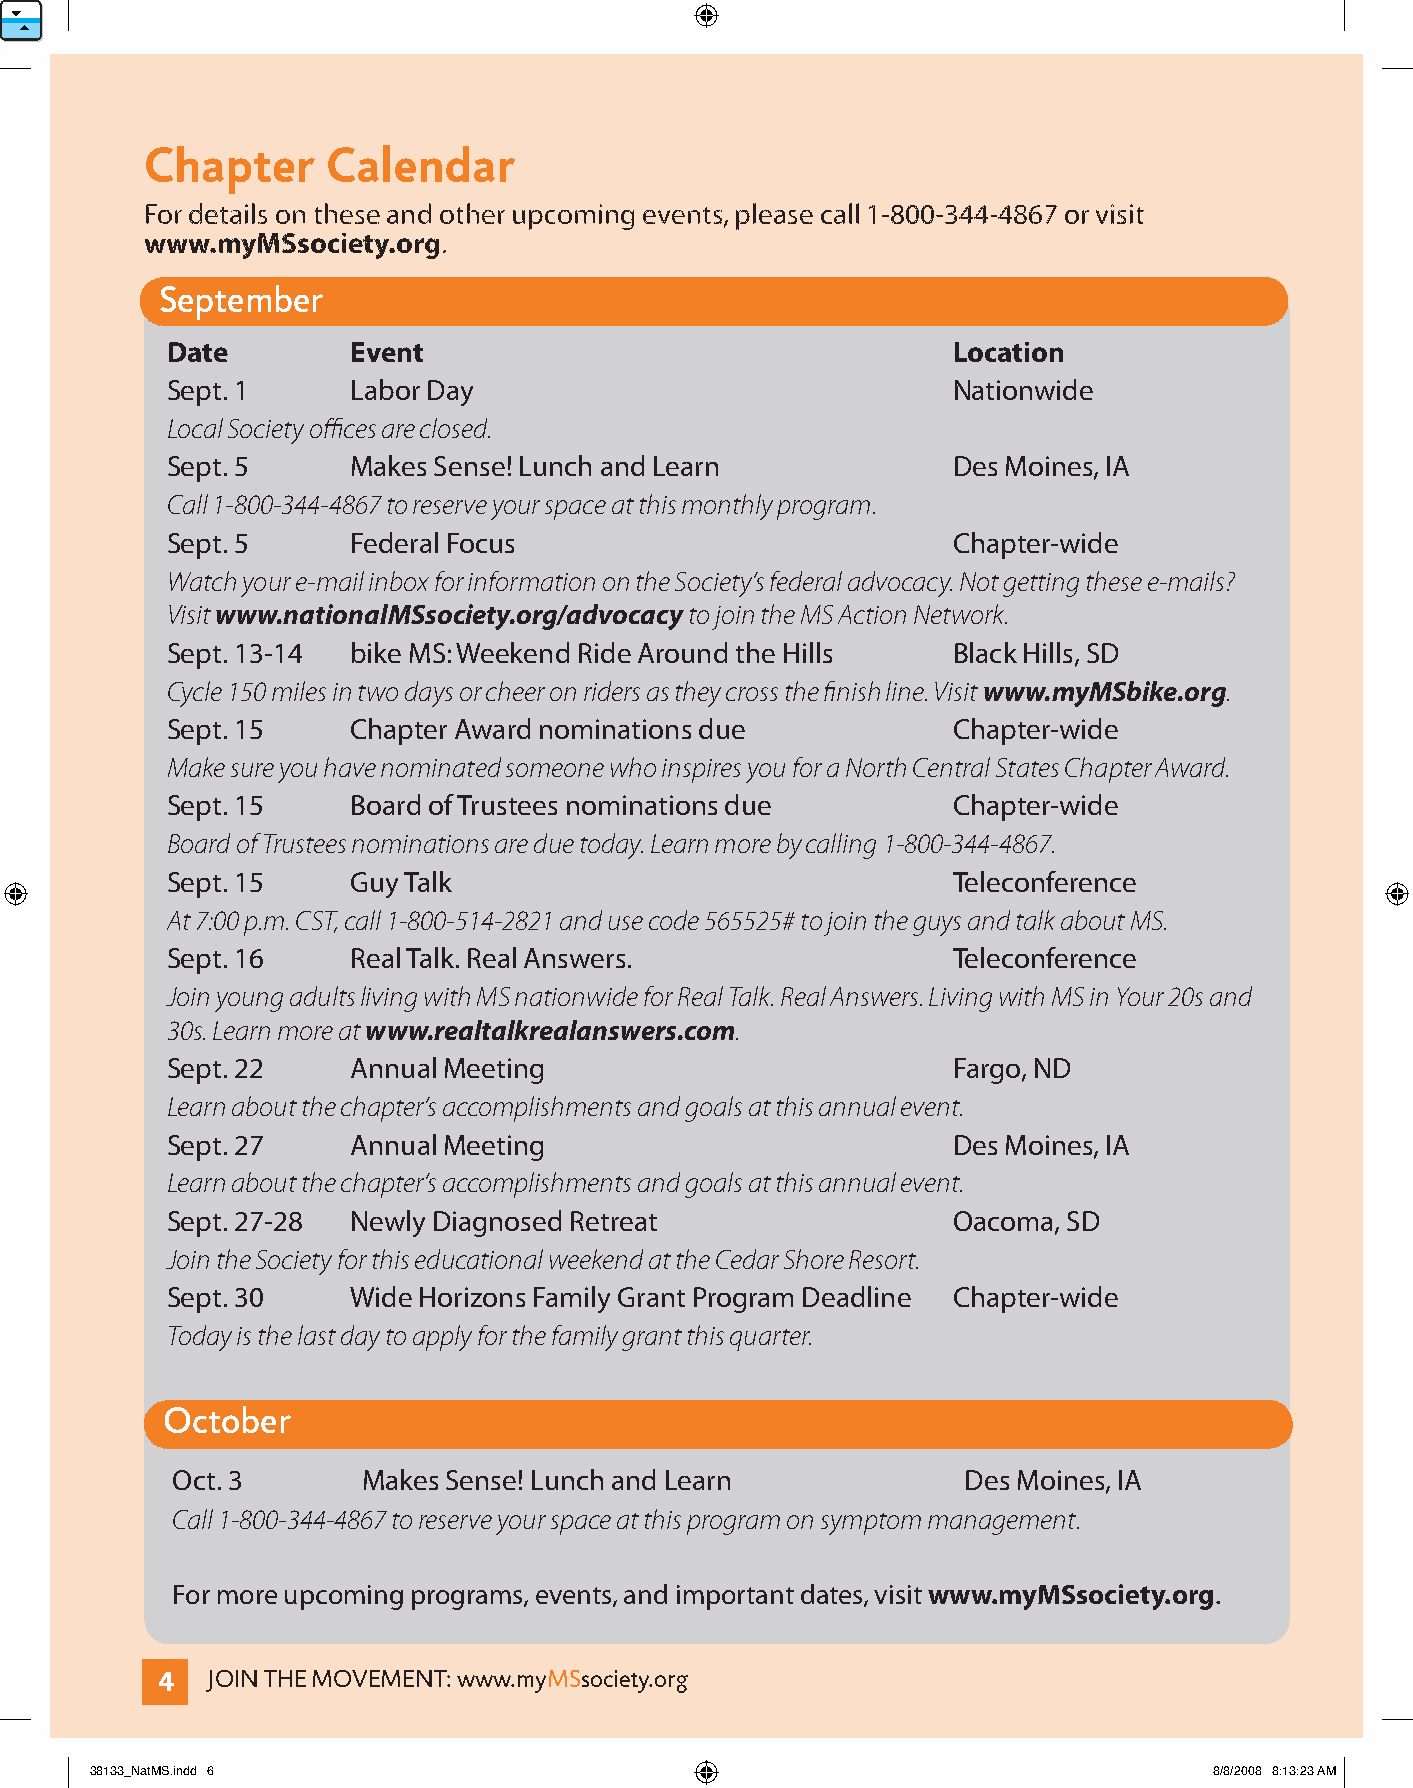
Chapter     Calendar
 For details on these and other upcoming events, please call 1-800-344-4867 or visit
 www.myMSsociety.org.
 September
 Date        event                                   Location
 Sept. 1     Labor Day                               Nationwide
 Local Society offices are closed.
 Sept. 5     Makes Sense! Lunch and Learn            Des Moines, IA
 Call 1-800-344-4867 to reserve your space at this monthly program.
 Sept. 5     Federal Focus                           Chapter-wide
 Watch your e-mail inbox for information on the Society’s federal advocacy. Not getting these e-mails?
 Visit www.nationalMSsociety.org/advocacy to join the MS Action Network.
 Sept. 13-14 bike MS: Weekend Ride Around the Hills  Black Hills, SD
 Cycle 150 miles in two days or cheer on riders as they cross the finish line. Visit www.myMSbike.org.
 Sept. 15    Chapter Award nominations due           Chapter-wide
 Make sure you have nominated someone who inspires you for a North Central States Chapter Award.
 Sept. 15    Board of Trustees nominations due       Chapter-wide
 Board of Trustees nominations are due today. Learn more by calling 1-800-344-4867.
 Sept. 15    Guy Talk                                Teleconference
 At 7:00 p.m. CST, call 1-800-514-2821 and use code 565525# to join the guys and talk about MS.
 Sept. 16    Real Talk. Real Answers.                Teleconference
 Join young adults living with MS nationwide for Real Talk. Real Answers. Living with MS in Your 20s and
 30s. Learn more at www.realtalkrealanswers.com.
 Sept. 22    Annual Meeting                          Fargo, ND
 Learn about the chapter’s accomplishments and goals at this annual event.
 Sept. 27    Annual Meeting                          Des Moines, IA
 Learn about the chapter’s accomplishments and goals at this annual event.
 Sept. 27-28 Newly Diagnosed Retreat                 Oacoma, SD
 Join the Society for this educational weekend at the Cedar Shore Resort.
 Sept. 30    Wide Horizons Family Grant Program Deadline Chapter-wide
 Today is the last day to apply for the family grant this quarter.
 October
 Oct. 3       Makes Sense! Lunch and Learn            Des Moines, IA
 Call 1-800-344-4867 to reserve your space at this program on symptom management.
 For more upcoming programs, events, and important dates, visit www.myMSsociety.org.
 4   JOIN THE MOVEMENT: www.myMSsociety.org
 38133_NatMS.indd 6                                                        8/8/2008 8:13:23 AM